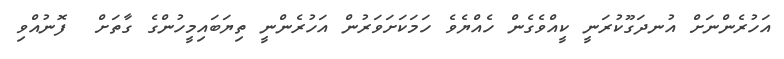
އަހުރެންނަށް އުނދަގޫކުރަނީ ކީއްވެގެން ހެއްޔެވެ ހަމަކަށަވަރުން އަހުރެންނީ ތިޔަބައިމީހުންގެ ގާތަށް  ފޮނުއްވި